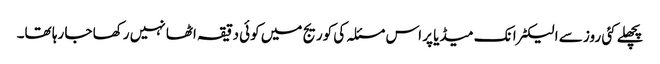
پچھلے کئی روز سے الیکٹرانک میڈیا پر اس مسئلہ کی کوریج میں کوئی دقیقہ اٹھا نہیں رکھا جا رہا تھا۔